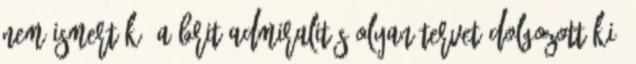
nem ismerték. A brit admiralitás olyan tervet dolgozott ki,